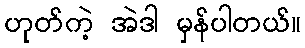
ဟုတ်ကဲ့ အဲဒါ မှန်ပါတယ်။